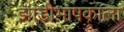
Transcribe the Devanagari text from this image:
झाडीभाषकाला